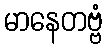
မာနေတဗ္ဗံ